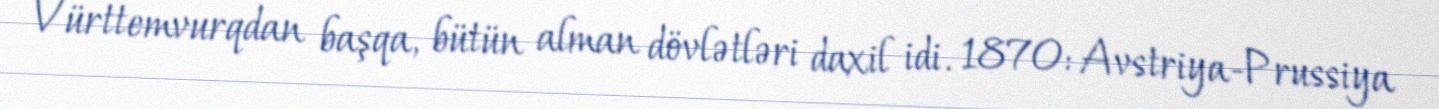
Vürttemvurqdan başqa, bütün alman dövlətləri daxil idi. 1870: Avstriya-Prussiya